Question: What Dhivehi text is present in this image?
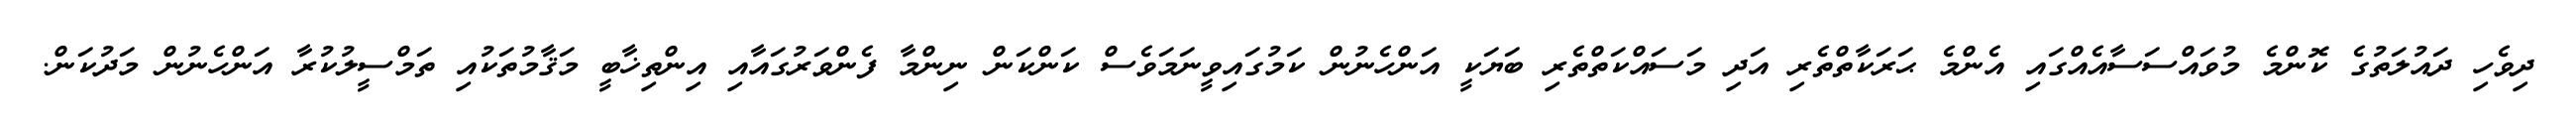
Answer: ދިވެހި ދައުލަތުގެ ކޮންމެ މުވައްސަސާއެއްގައި އެންމެ ޙަރަކާތްތެރި އަދި މަސައްކަތްތެރި ބަޔަކީ އަންހެނުން ކަމުގައިވީނަމަވެސް ކަންކަން ނިންމާ ފެންވަރުގައާއި އިންތިޚާބީ މަޤާމުތަކުއި ތަމްސީލުކުރާ އަންހެނުން މަދުކަން.